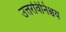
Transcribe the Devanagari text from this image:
उत्तरविनिश्चय